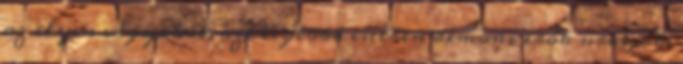
az ilyen vágyakat, azt legtöbb esetben démoni erők uralják.